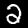
Label: 2